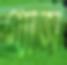
গ্যাস